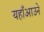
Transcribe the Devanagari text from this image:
यहाँआउने